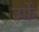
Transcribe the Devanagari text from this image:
उर्फ़े